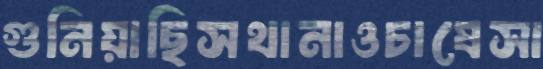
গুনিয়াছিসথানাওচাষেসা